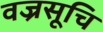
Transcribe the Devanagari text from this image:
वज्रसूचि